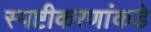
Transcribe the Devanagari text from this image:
स्पष्टीकरणांकडे